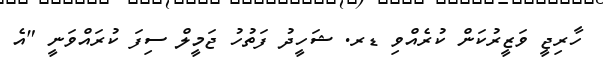
ހާރިޖީ ވަޒީރުކަން ކުރެއްވި ޑރ. ޝަހީދު ފަތުހު ޖަމީލް ސިފަ ކުރައްވަނީ "އެ